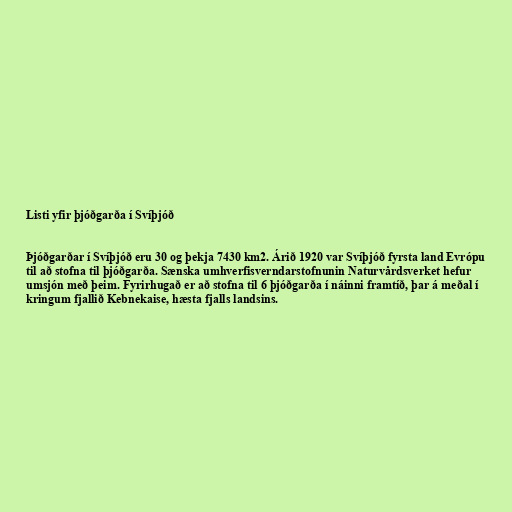
Listi yfir þjóðgarða í Svíþjóð

Þjóðgarðar í Svíþjóð eru 30 og þekja 7430 km2. Árið 1920 var Svíþjóð fyrsta land Evrópu
til að stofna til þjóðgarða. Sænska umhverfisverndarstofnunin Naturvårdsverket hefur
umsjón með þeim. Fyrirhugað er að stofna til 6 þjóðgarða í náinni framtíð, þar á meðal í
kringum fjallið Kebnekaise, hæsta fjalls landsins.